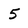
Character: 5